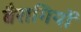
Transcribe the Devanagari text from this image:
बैरागियों